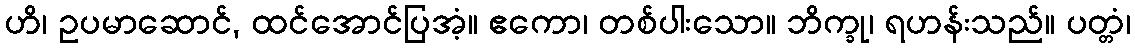
ဟိ၊ ဥပမာဆောင်, ထင်အောင်ပြအံ့။ ဧကော၊ တစ်ပါးသော။ ဘိက္ခု၊ ရဟန်းသည်။ ပတ္တံ၊